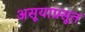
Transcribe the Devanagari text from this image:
असूयाप्रसूत